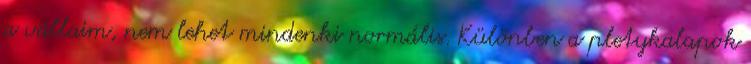
a vállaim, nem lehet mindenki normális. Különben a pletykalapok